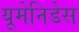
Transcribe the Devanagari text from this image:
यूमेनिडेस